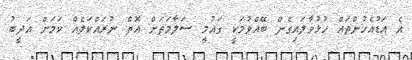
އެ އަޑުއެހުންތައް ހުޅުވާލައިގެން ބޭއްވުމަކީ ގައުމީ ސަލާމަތަށް އޮތް ނުރައްކަލެއް ކަމަށް އަދީބު